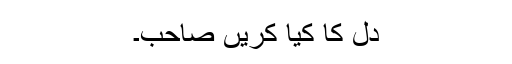
دل کا کیا کریں صاحب۔